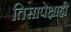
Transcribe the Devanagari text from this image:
तिसापेक्षाही